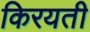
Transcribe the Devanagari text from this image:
किरयती